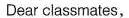
Dear classmates,